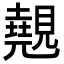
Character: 𭐆